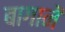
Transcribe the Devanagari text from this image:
बागानें